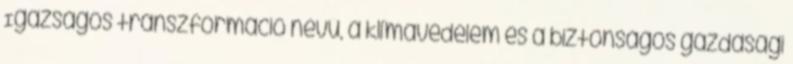
Igazságos transzformáció nevű, a klímavédelem és a biztonságos gazdasági